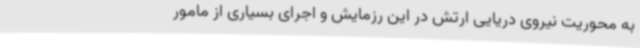
به محوریت نیروی دریایی ارتش در این رزمایش و اجرای بسیاری از مامور